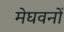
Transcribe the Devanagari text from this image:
मेघवनों